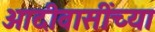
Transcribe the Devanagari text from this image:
आदीवासींच्या